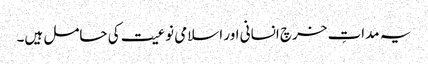
یہ مداتِ خرچ انسانی اور اسلامی نوعیت کی حامل ہیں۔